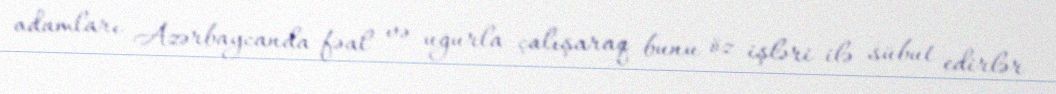
adamları Azərbaycanda fəal və uğurla çalışaraq bunu öz işləri ilə sübut edirlər